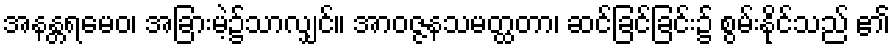
အနန္တရမေဝ၊ အခြားမဲ့၌သာလျှင်။ အာဝဇ္ဇနသမတ္ထတာ၊ ဆင်ခြင်ခြင်း၌ စွမ်းနိုင်သည် ၏